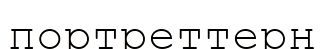
портреттерң